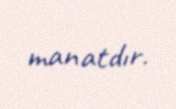
manatdır.